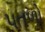
પતળો